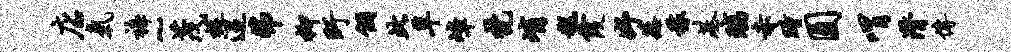
店气裤~茂捉迢弗柳盱个此草嶂梵峭糕霞妤蒸稼基璃赤瞳圆喟潸传